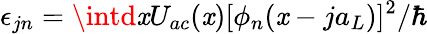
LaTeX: \epsilon_{jn}=\intd\mathit{x}U_{ac}(\mathit{x})[\phi_{n}(\mathit{x}-ja_{L})]^{2}/\hbar